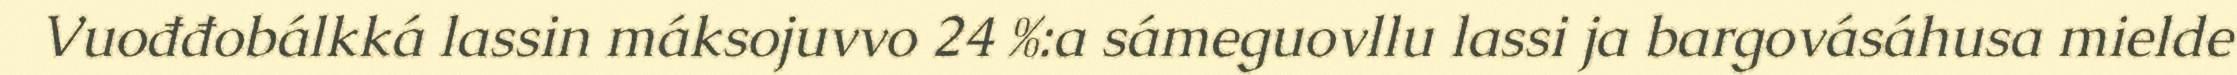
Vuođđobálkká lassin máksojuvvo 24 %:a sámeguovllu lassi ja bargovásáhusa mielde